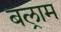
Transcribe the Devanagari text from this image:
बल्राम